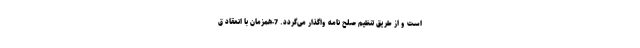
است و از طریق تنظیم صلح نامه واگذار می‌گردد. 7-همزمان با انعقاد ق